NAE_EAOK_eestikeelsed_sunnimeetrikad, lk 171
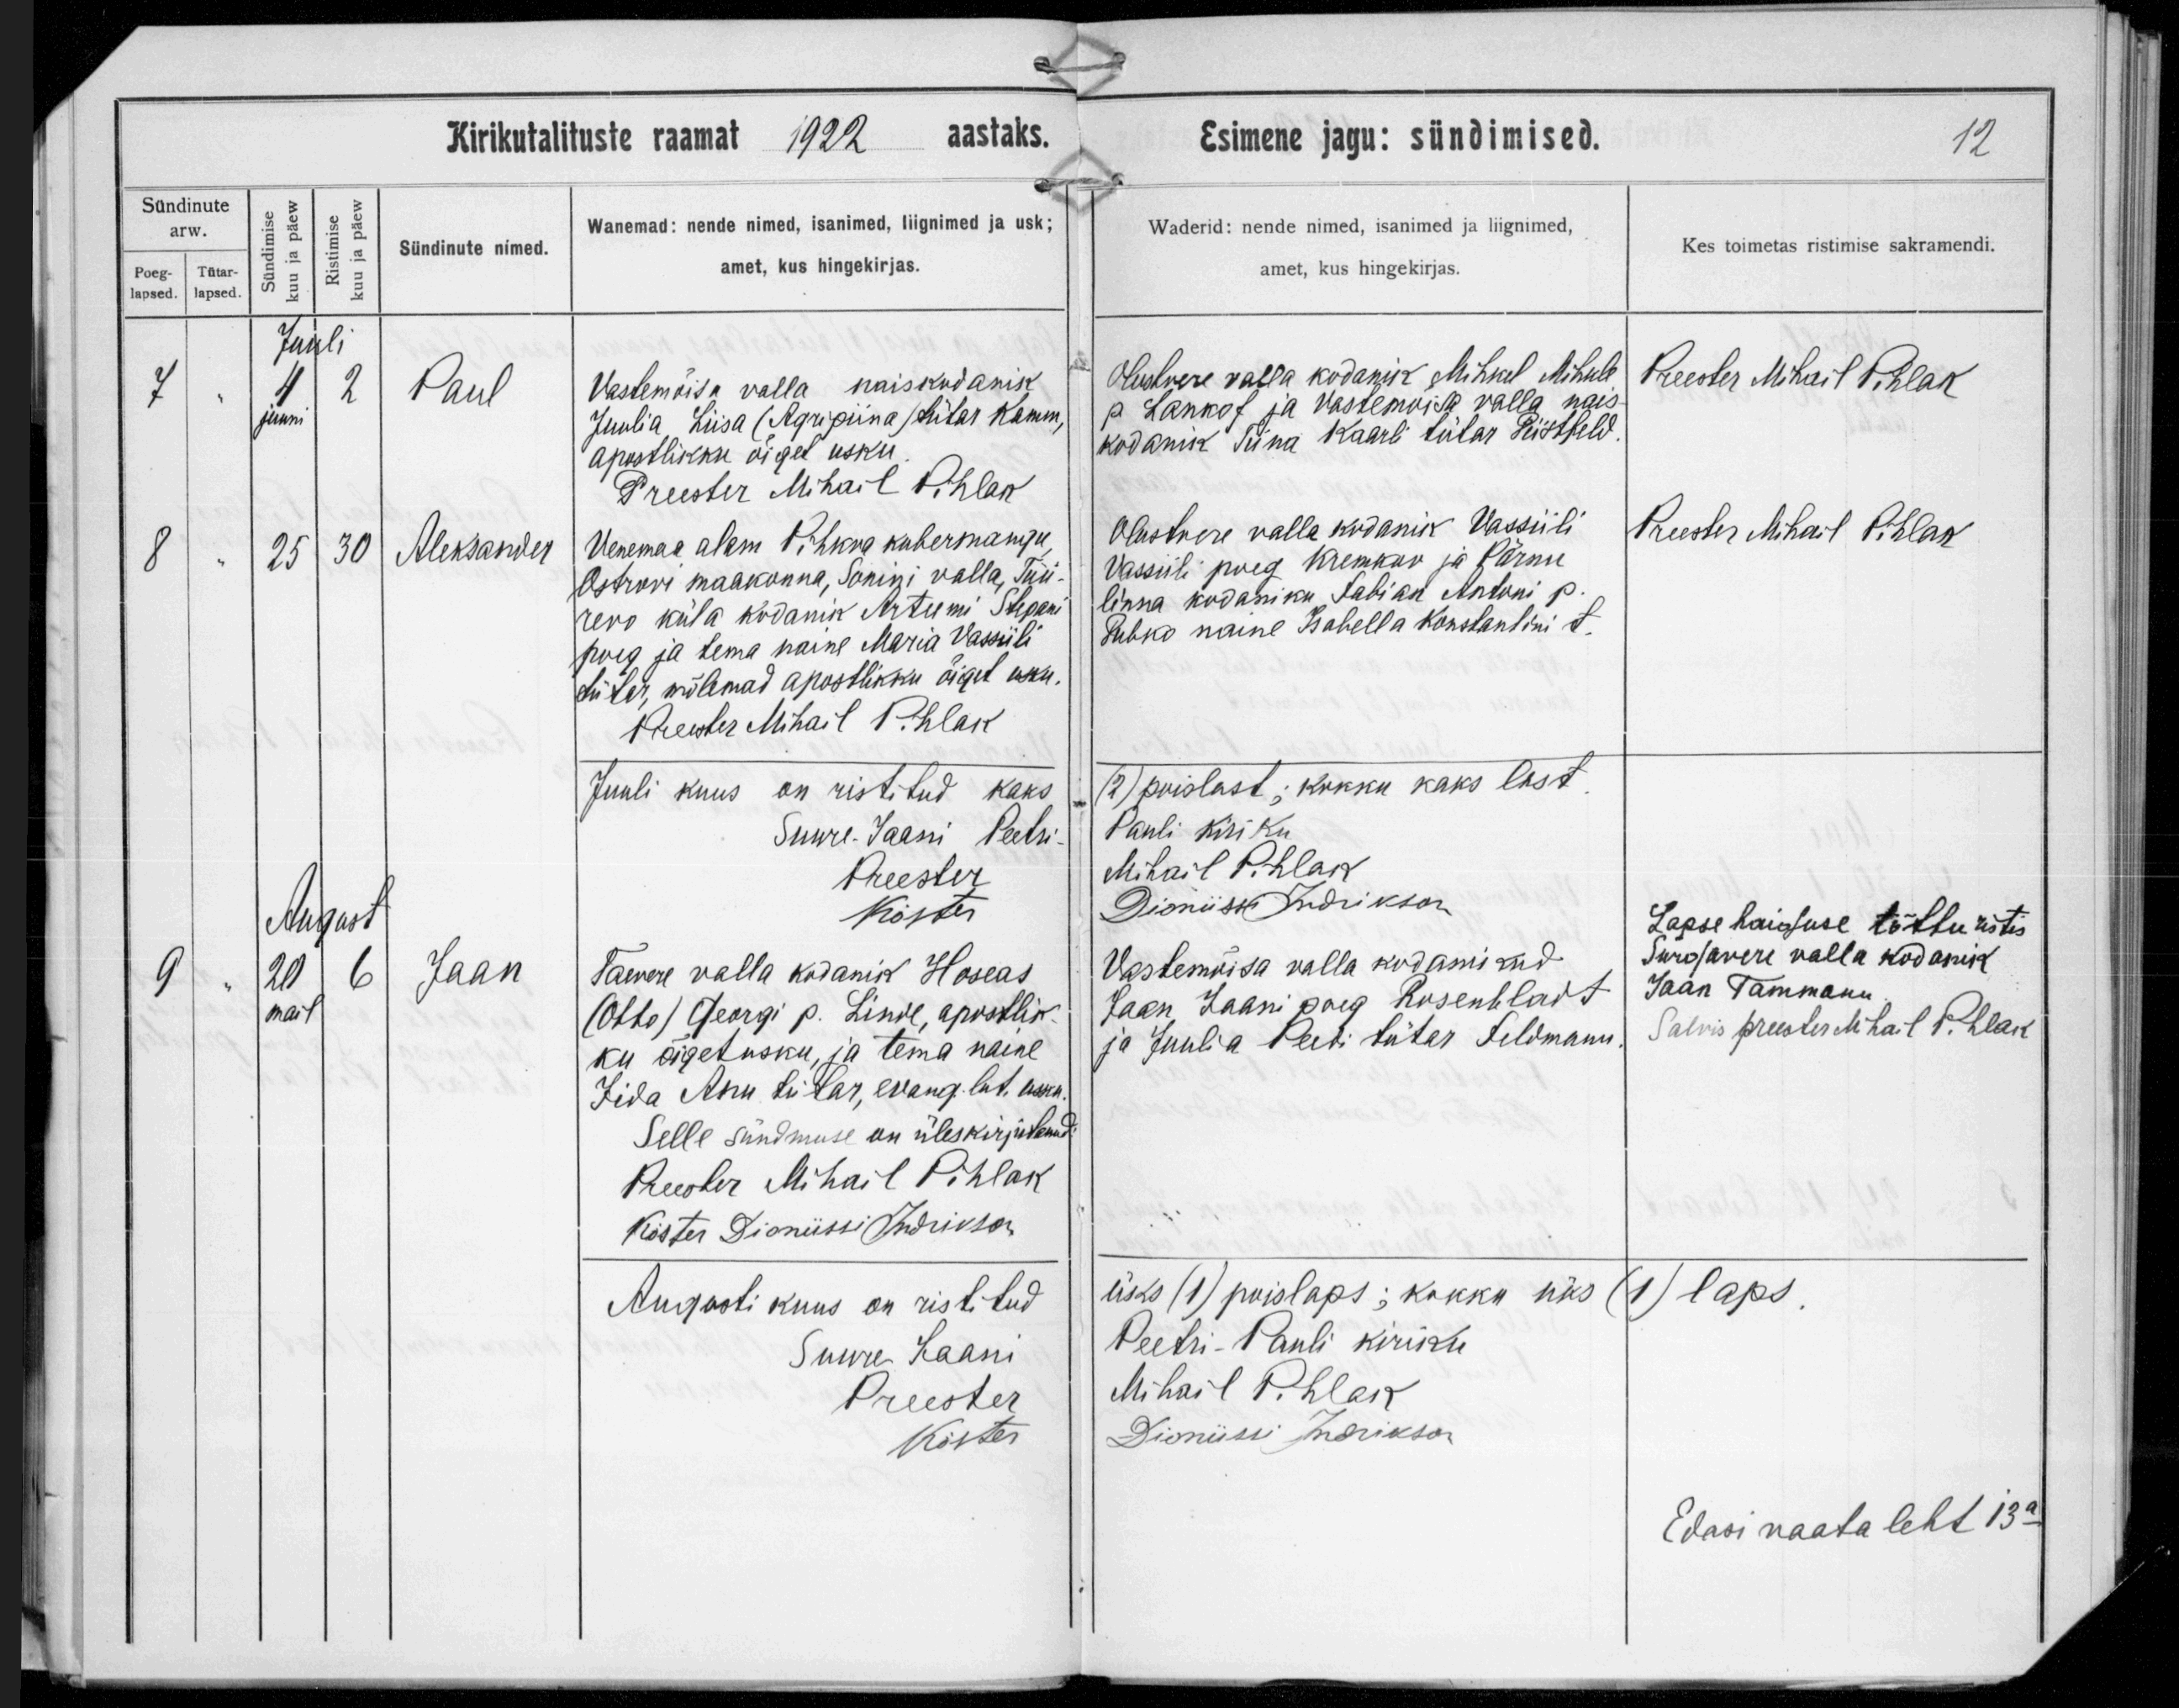
Paul

Aleksander

Jaan

Vastemõisa valla naiskodanik
Juulia Liisa /Agripiina/ tütar Kamm,
apostliku õiget usku.

Venemaa alem Pihkva kubermangu
Ostrovi maakonna, Sonini valla, Tuu-
rego küla kodanik Arteemi Stepani
poeg ja tema naine Maria Vassiili
tütar, mõlemad apostlikku õiget usku.

Taevere valla kodanik Hoseas
/Otto/ Georgi p. Linre, apostlik-
ku õiget usku, ja tema naine
Iida Anu tütar, evang. lut. usku.